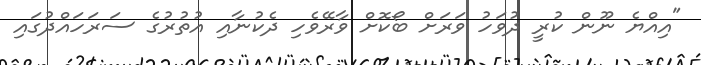
"އިއްޔެ ނޫން ކުރީ ދުވަހު ވަރަށް ބޯކޮށް ވާރޭވެހި ދެކުނާއި އުތުރުގެ ސަރަހައްދުގައި